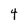
Character: 4